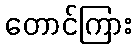
တောင်ကြား